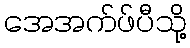
အေအက်ဖ်ပီသို့